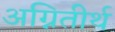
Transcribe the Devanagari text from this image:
अग्नितीर्थ